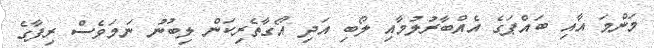
މަންމަ އާއި ބައްޕަގެ އެއްބާރުލުމާއި ލޯބި އަދި އޯގާތެރިކަން ލިބުނު ނަމަވެސް ރިފާގެ